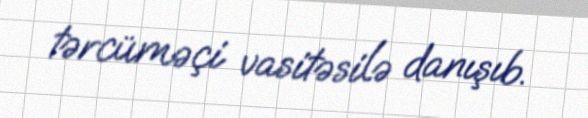
tərcüməçi vasitəsilə danışıb.